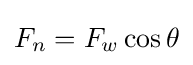
F_{n}=F_{w}\cos \theta